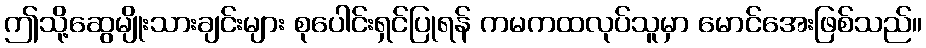
ဤသို့ဆွေမျိုးသားချင်းများ စုပေါင်းရှင်ပြုရန် ကမကထလုပ်သူမှာ မောင်အေးဖြစ်သည်။